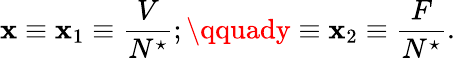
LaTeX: \mathbf{x}\equiv\mathbf{x}_{1}\equiv\frac{{V}}{{N^{\star}}};\qquady\equiv\mathbf{x}_{2}\equiv\frac{{F}}{{N^{\star}}}.